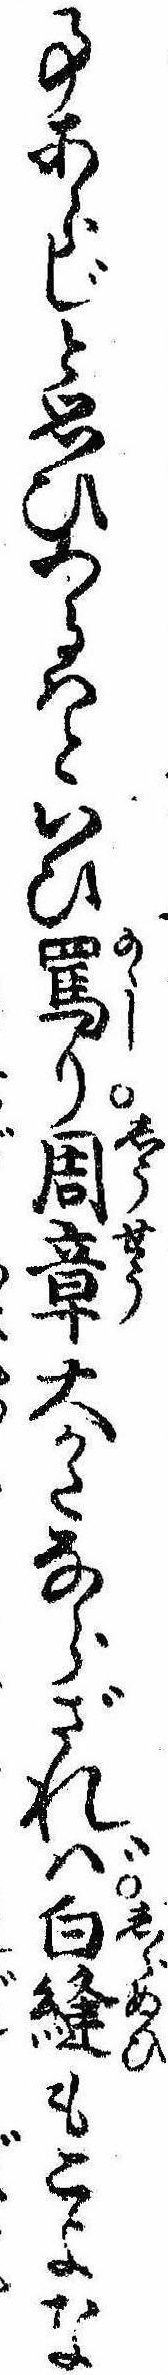
事あらじと思ひつるはといひ罵り周章大かたならざれば白縫もこよな